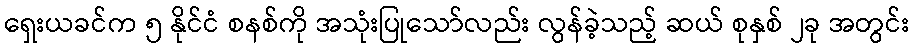
ရှေးယခင်က ၅ နိုင်ငံ စနစ်ကို အသုံးပြုသော်လည်း လွန်ခဲ့သည့် ဆယ် စုနှစ် ၂ခု အတွင်း